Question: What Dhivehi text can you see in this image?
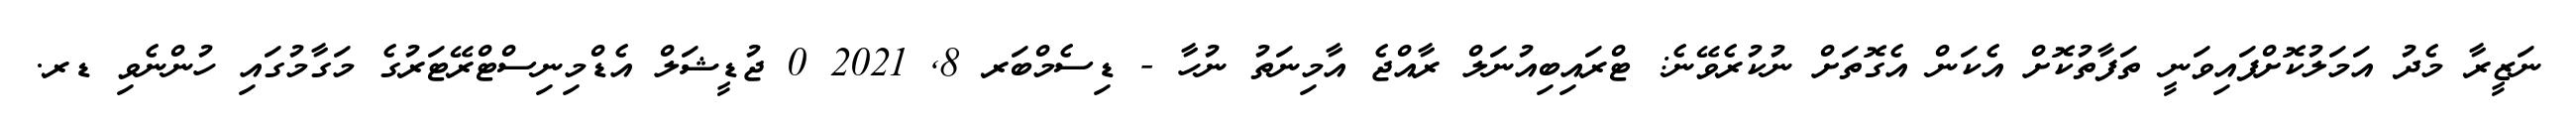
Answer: ނަޒީރާ މެދު އަމަލުކޮށްފައިވަނީ ތަފާތުކޮށް އެކަން އެގޮތަށް ނުކުރެވޭނެ: ޓްރައިބިއުނަލް ރާއްޖެ އާމިނަތު ނުހާ - ޑިސެމްބަރ 8, 2021 0 ޖުޑީޝަލް އެޑްމިނިސްޓްރޭޓަރުގެ މަގާމުގައި ހުންނެވި ޑރ.